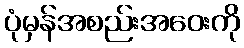
ပုံမှန်အစည်းအဝေးကို